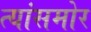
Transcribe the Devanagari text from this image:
त्यांसमोर